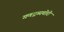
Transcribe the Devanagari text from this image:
गणद्रव्यचोरी